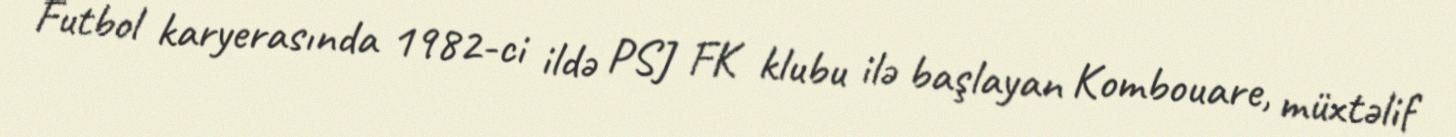
Futbol karyerasında 1982-ci ildə PSJ FK klubu ilə başlayan Kombouare, müxtəlif